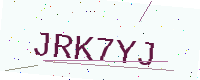
Text: JRK7YJ